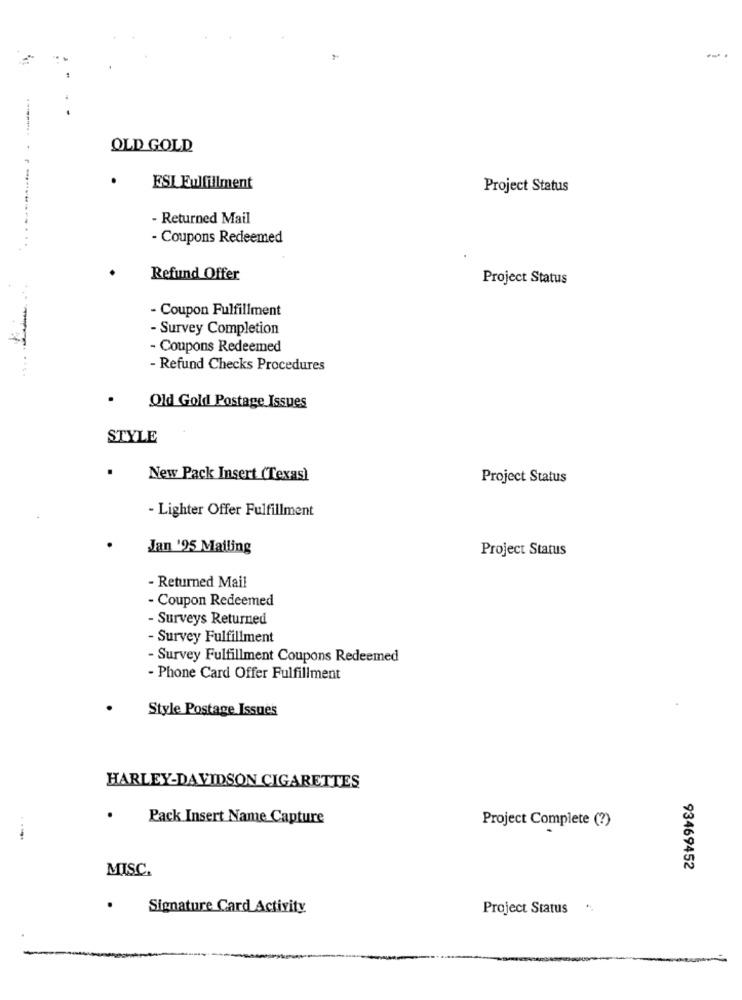
OLD GOLD
.
ESI Fulfillment
Project Status
- Returned Mail
- Coupons Redeemed
Refund Offer
Project Status
- Coupon Fulfillment
- Survey Completion
- Coupons Redeemed
- Refund Checks Procedures
Old Gold Postage Issues
STYLE
.
New Pack Insert (Texas)
Project Status
- Lighter Offer Fulfillment
Jan '25 Mailing
Project Status
- Returned Mail
- Coupon Redeemed
- Surveys Returned
- Survey Fulfillment
- Survey Fulfillment Coupons Redeemed
- Phone Card Offer Fulfillment
Style Postage Issues
HARLEY-DAVIDSON CIGARETTES
Pack Insert Name Capture
Project Complete (?)
MISC.
93469452
Signature Card Activity
Project Status